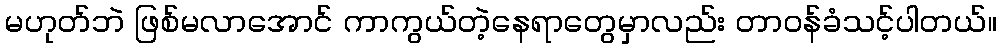
မဟုတ်ဘဲ ဖြစ်မလာအောင် ကာကွယ်တဲ့နေရာတွေမှာလည်း တာဝန်ခံသင့်ပါတယ်။